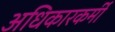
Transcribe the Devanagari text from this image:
अधिकारकर्मी